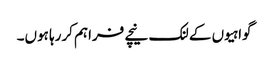
گواہیوں کے لنک نیچے فراہم کررہا ہوں۔